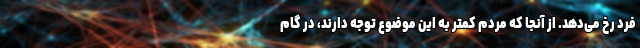
فرد رخ می‌دهد. از آنجا که مردم کمتر به این موضوع توجه دارند، در گام